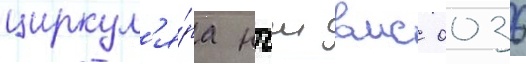
циркул'я́ра нгш вмс 0036